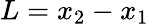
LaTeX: L=x_{2}-x_{1}